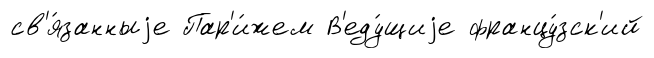
св'я́занныjе Пар'и́жем В'еду́щиjе францу́зск'ий